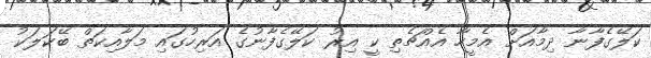
ކަލޭގެފާނާ ދިމާއަށް އެމީހާ އެއްޗެތި ކީ އިރު ކަލޭގެފާނުގެ އަރިހުގައި މަލާއިކަތް ބޭކަލަކު